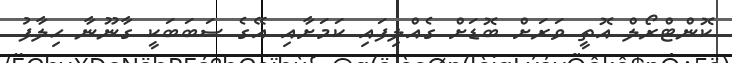
ކޮންޓްރޯލް އޮތީ ވަރަށް ބޮޑަށް ގެއްލިފައި ކަމަށާއި އޭގެ ސަބަބަކީ ގާނޫނާ ހިލާފު